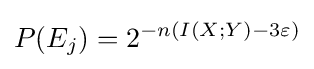
P(E_{j})=2^{-n(I(X;Y)-3\varepsilon )}